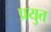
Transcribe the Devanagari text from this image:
प्रयुत्त